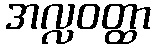
အလ္လဝတ္ထာ